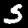
Digit: 5